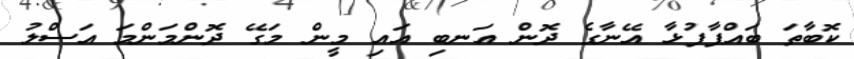
ކޮބާތަ ބައްޕާފުޅާ އޭނާގެ ދޮން އަނބި އައި މީން މަގޭ ދޮންމަންމަ އަސްލު